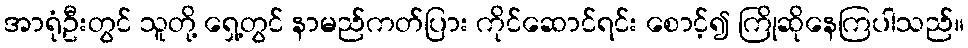
အာရုံဦးတွင် သူတို့ ရှေ့တွင် နာမည်ကတ်ပြား ကိုင်ဆောင်ရင်း စောင့်၍ ကြိုဆိုနေကြပါသည်။